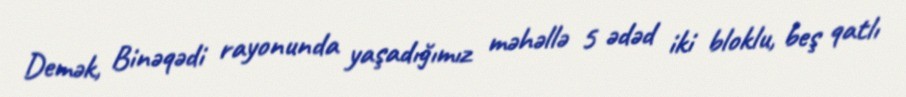
Demək, Binəqədi rayonunda yaşadığımız məhəllə 5 ədəd iki bloklu, beş qatlı